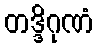
တဒ္ဒိဂုဏံ